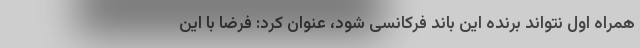
همراه اول نتواند برنده این باند فرکانسی شود، عنوان کرد: فرضا با این